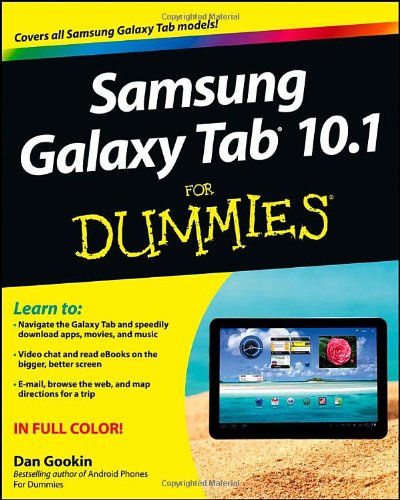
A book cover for Samsung Galaxy Tab 10.1 For Dummies; Dan Gookin; Computers & Technology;